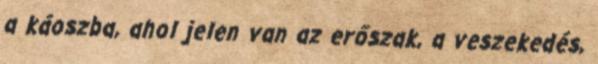
a káoszba, ahol jelen van az erőszak, a veszekedés,